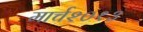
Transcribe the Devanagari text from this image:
मार्च२०१३